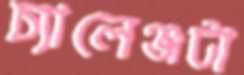
চ্যালেঞ্জটা